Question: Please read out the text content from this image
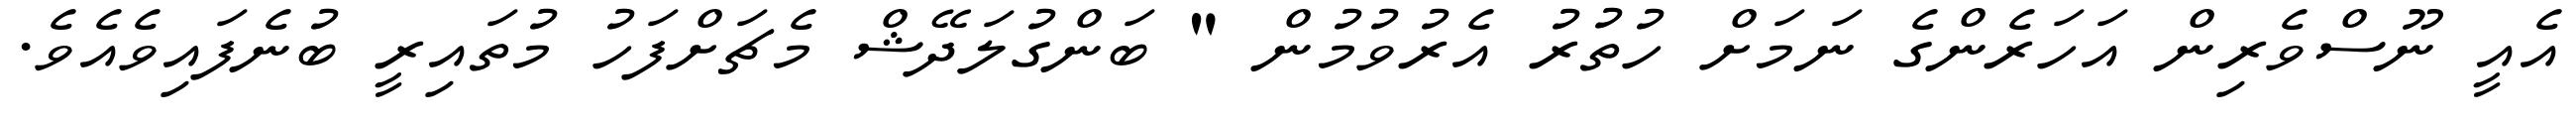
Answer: އެއީ ނޫސްވެރިން އަހަރެންގެ ނަމަށް ހުތުރު އެރުވުމުން " ބަންގުލަދޭޝް މެޗަށްފަހު މުތައިރީ ބުނެފައިވެއެވެ.